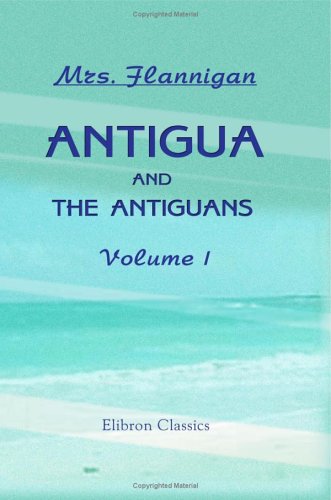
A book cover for Antigua and the Antiguans: a Full Account of the Colony and its Inhabitants from the Time of the Caribs to the Present Day, Interspersed with Anecdotes and Legends: Volume 1; Mrs. Flannigan; Travel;